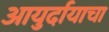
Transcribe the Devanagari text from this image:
आयुर्दायाचा